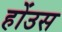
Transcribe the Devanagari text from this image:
होंउस